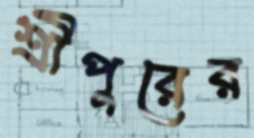
শ্রীপুরের